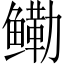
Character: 鳓